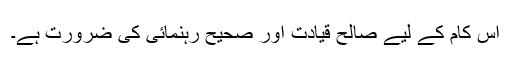
اس کام کے لیے صالح قیادت اور صحیح رہنمائی کی ضرورت ہے۔